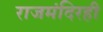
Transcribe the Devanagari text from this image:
राजमंदिरही